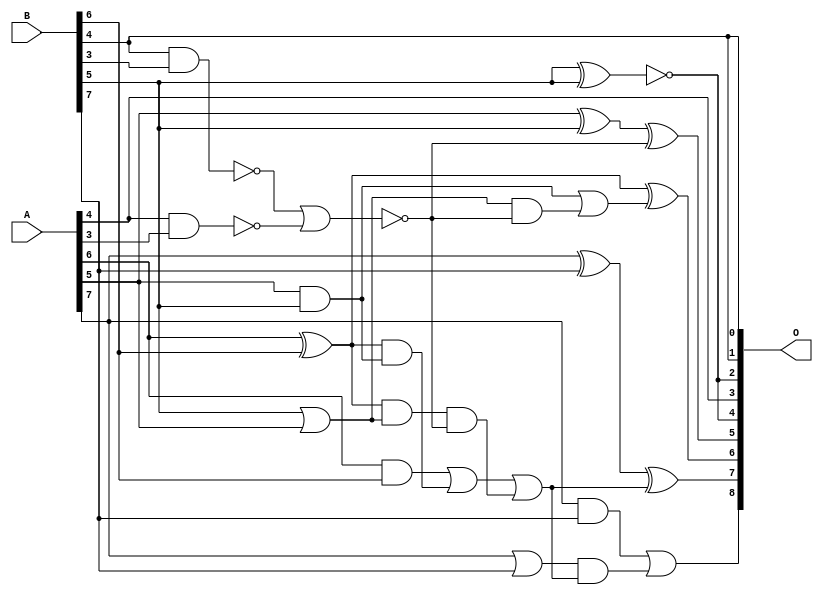
/***
* This code is a part of EvoApproxLib library (ehw.fit.vutbr.cz/approxlib) distributed under The MIT License.
* When used, please cite the following article(s): PRABAKARAN B. S., MRAZEK V., VASICEK Z., SEKANINA L., SHAFIQUE M. ApproxFPGAs: Embracing ASIC-based Approximate Arithmetic Components for FPGA-Based Systems. DAC 2020. 
***/
// MAE% = 1.62 %
// MAE = 8.3 
// WCE% = 4.49 %
// WCE = 23 
// WCRE% = 1900.00 %
// EP% = 96.88 %
// MRE% = 4.54 %
// MSE = 99 
// FPGA_POWER = 0.29
// FPGA_DELAY = 6.9
// FPGA_LUT = 4.0

module add8u_2RD(A, B, O);
  input [7:0] A, B;
  output [8:0] O;
  wire n_25, n_195, n_21, n_20, n_43, n_42, n_80, n_64, n_60, n_109;
  wire n_203, n_175, n_126, n_105, n_181, n_8, n_9, n_4, n_5, n_6;
  wire n_7, n_0, n_1, n_2, n_3, n_35, n_14, n_15, n_12, n_13;
  wire n_10, n_11, n_171, n_113, n_77, n_56, n_73, n_207, n_211, n_134;
  assign n_0 = A[0];
  assign n_1 = A[1];
  assign n_2 = A[2];
  assign n_3 = A[3];
  assign n_4 = A[4];
  assign n_5 = A[5];
  assign n_6 = A[6];
  assign n_7 = A[7];
  assign n_8 = B[0];
  assign n_9 = B[1];
  assign n_10 = B[2];
  assign n_11 = B[3];
  assign n_12 = B[4];
  assign n_13 = B[5];
  assign n_14 = B[6];
  assign n_15 = B[7];
  assign n_20 = ~(n_4 & n_3);
  assign n_21 = n_6 & n_14;
  assign n_25 = ~(n_13 ^ n_13);
  assign n_35 = ~(n_12 & n_11);
  assign n_42 = ~(n_35 | n_20);
  assign n_43 = n_13 | n_5;
  assign n_56 = n_5 ^ n_13;
  assign n_60 = n_5 & n_13;
  assign n_64 = n_6 ^ n_14;
  assign n_73 = n_7 ^ n_15;
  assign n_77 = n_7 & n_15;
  assign n_80 = n_7 | n_15;
  assign n_105 = n_64 & n_60;
  assign n_109 = n_64 & n_43;
  assign n_113 = n_21 | n_105;
  assign n_126 = n_109 & n_42;
  assign n_134 = n_113 | n_126;
  assign n_171 = n_43 & n_42;
  assign n_175 = n_60 | n_171;
  assign n_181 = n_64 ^ n_175;
  assign n_195 = n_56 ^ n_42;
  assign n_203 = n_73 ^ n_134;
  assign n_207 = n_80 & n_134;
  assign n_211 = n_77 | n_207;
  assign O[0] = n_12;
  assign O[1] = n_12;
  assign O[2] = n_25;
  assign O[3] = n_4;
  assign O[4] = n_25;
  assign O[5] = n_195;
  assign O[6] = n_181;
  assign O[7] = n_203;
  assign O[8] = n_211;
endmodule